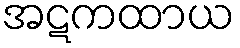
အဋကထာယ